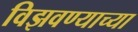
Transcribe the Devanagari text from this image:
विझवण्याच्या